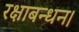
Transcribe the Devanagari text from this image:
रक्षाबन्धन।